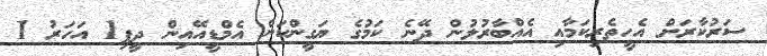
ސަރުކާރަށް އެހީތެރިކަމާއި އެއްބާރުލުން ދޭނެ ކަމުގެ ޔަގީންކަން އެމްޑީއޭއިން ދީފި1 އަހަރު 1